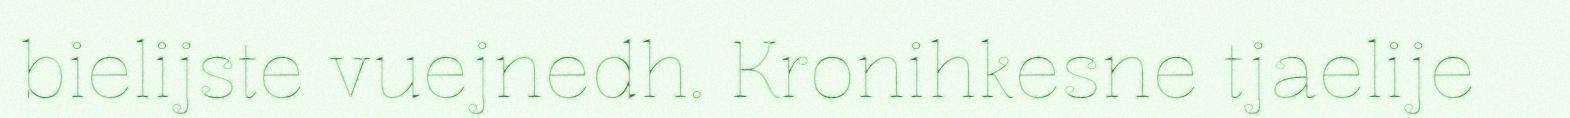
bielijste vuejnedh. Kronihkesne tjaelije